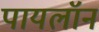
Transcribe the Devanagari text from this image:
पायलॉन